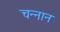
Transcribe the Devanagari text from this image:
चन्नान